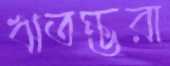
ঋতম্ভরা